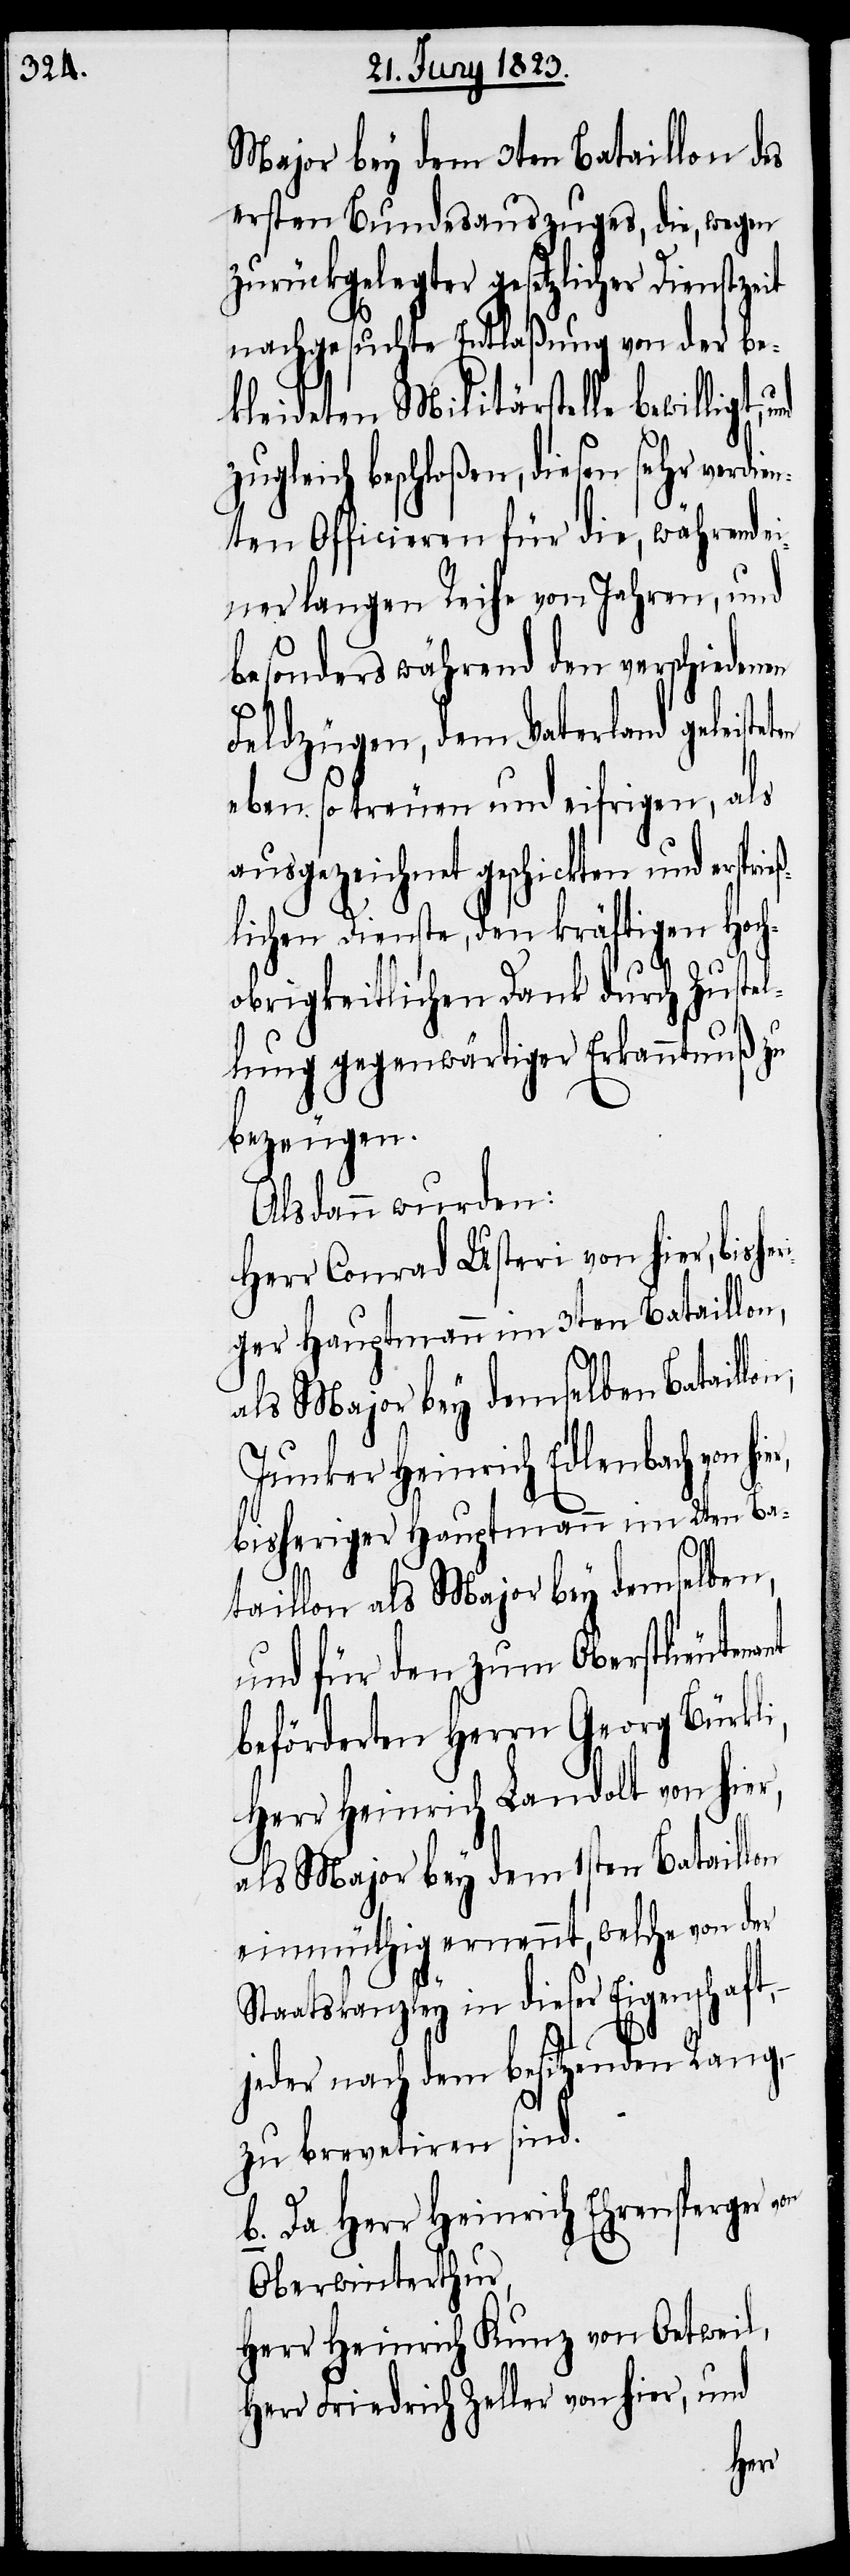
Major bey dem 3ten Bataillon des
ersten Bundesauszuges, die, wegen
zurückgelegter gesetzlicher Dienstze¬
nachgesuchte Entlaßung von der be¬
kleideten Militärstelle bewilligt,
zugleich beschloßen, diesen sehr verdie¬
nten Officieren für die, während e¬
iner langen Reihe von Jahren, und
besonders während den verschiedenen
ant
Feldzügen, dem Vaterland geleiste¬
eben so treuen und eifrigen, als
ausgezeichnet geschickten und erspri¬
lichen Dienste, den kräftigen Hoch¬
obrigkeitlichen Dank durch Zustel¬
lung gegenwärtiger Erkanntnuß zu
bezeugen.
Alsdann wurden:
Herr Conrad Usteri von hier, bishe¬
ger Hauptmann im 3ten Bataillon,
als Major bey demselben Bataillo¬
Junker Heinrich Edlenbach von
bisheriger Hauptmann im 2ten Ba¬
taillon als Major bey demselben,
und für den zum Oberstlieuten¬
beförderten Herrn Georg Bürkli,
Herr Heinrich Landolt von hier,
als Major bey dem 1sten Bataillon
einmüthig ernennt, welche von der
Staatskanzley in dieser Eigenschaft,
jeder nach dem besitzenden Rang,
zu brevetiren sind.
b. Da Herr Heinrich Ehrensperger
Oberwinterthur,
Herr Heinrich Kunz von Oetweil,
Herr Friedrich Zeller von hier, und
hier,